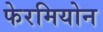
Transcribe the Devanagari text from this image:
फेरमियोन